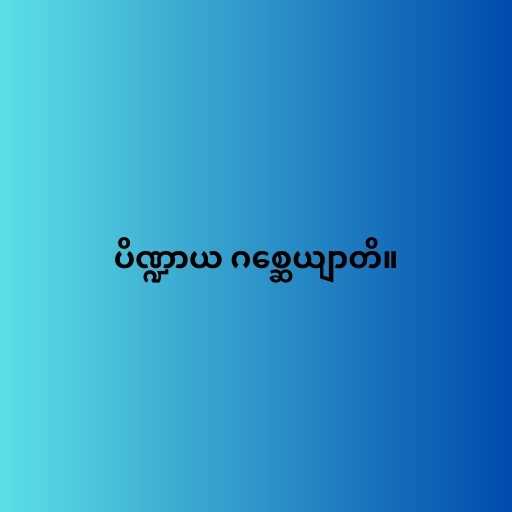
ပိဏ္ဍာယ ဂစ္ဆေယျာတိ။